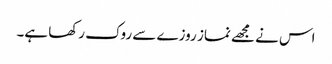
اس نے مجھے نماز روزے سے روک رکھا ہے۔